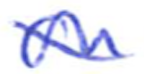
Text: on
Cross-out: diagonal
Writing tool: ballpoint